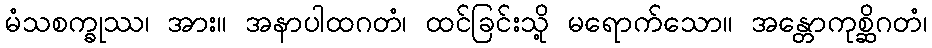
မံသစက္ခုဿ၊ အား။ အနာပါထဂတံ၊ ထင်ခြင်းသို့ မရောက်သော။ အန္တောကုစ္ဆိဂတံ၊